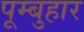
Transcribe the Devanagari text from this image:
पूम्बुहार